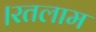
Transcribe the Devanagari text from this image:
।रतलाम